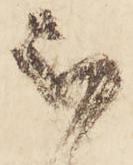
被